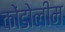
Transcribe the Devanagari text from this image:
कोंडोलीम